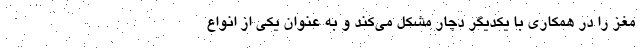
مغز را در همکاری با یکدیگر دچار مشکل می‌کند و به عنوان یکی از انواع